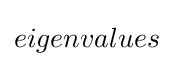
{\textstyle eigenvalues}